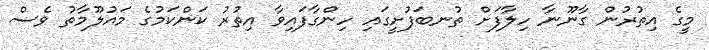
މީގެ އިތުރުން ގާނޫނާ ހިލާފަށް ތުނބަފުށީގައި ހިންގާފައިވާ އިތުރު ކަންކަމުގެ މައުލޫމާތު ވެސް